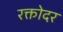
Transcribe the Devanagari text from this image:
रक्तोदर